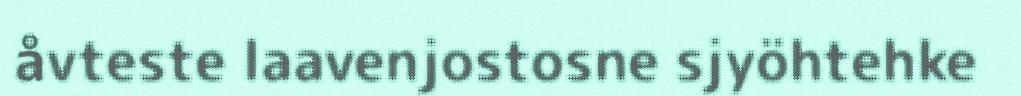
åvteste laavenjostosne sjyöhtehke